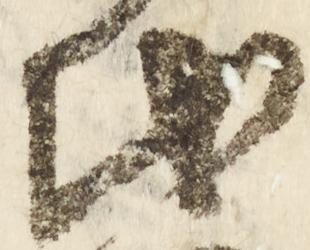
氏